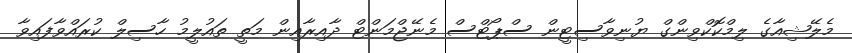
މެލޭޝިއާގެ ލިމްކޮކްވިންގް ޔުނިވާސިޓީން ސްޕޯޓްސް މެނޭޖްމަންޓް ދާއިރާއިން މަތީ ތައުލީމު ހާސިލް ކުރައްވާފައިވާ